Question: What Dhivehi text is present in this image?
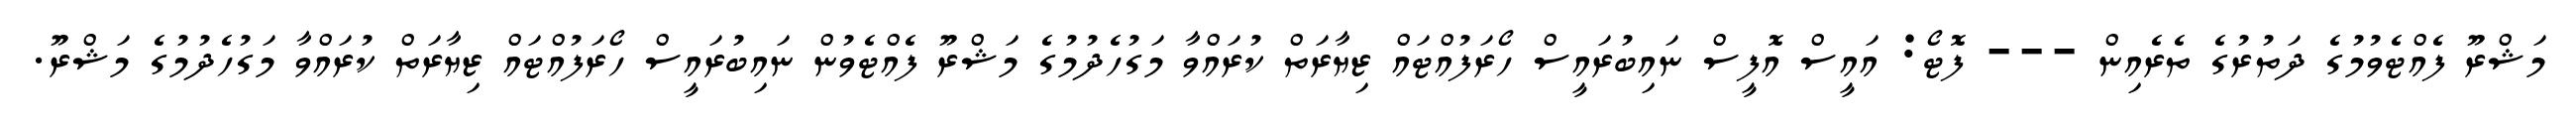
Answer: މަޝްރޫ ފެއްޓެވުމުގެ ދަތުރުގެ ތެރެއިން --- ފޮޓޯ: އައީސް އޮފީސް ނައިބުރައީސް ހޯރަފުއްޓައް ޒިޔާރަތް ކުރައްވާ މަގުހެދުމުގެ މަޝްރޫ ފެއްޓެވުން ނައިބުރައީސް ހޯރަފުއްޓައް ޒިޔާރަތް ކުރައްވާ މަގުހެދުމުގެ މަޝްރޫ.